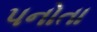
પનોતા